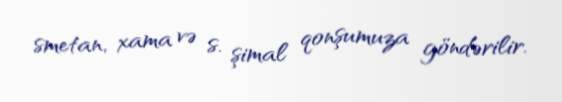
smetan, xama və s. şimal qonşumuza göndərilir.